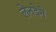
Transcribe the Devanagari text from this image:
लेनदेनें